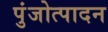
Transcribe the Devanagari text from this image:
पुंजोत्पादन